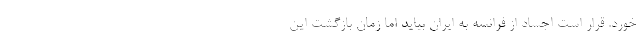
خورد. قرار است اجساد از فرانسه به ایران بیاید اما زمان بازگشت این